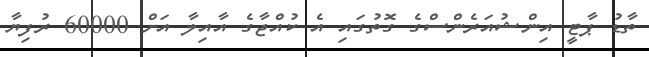
ތާޑު ޕާޓީ އިންޝުއަރެންސްގެ ގޮތުގައި އެ ކުއްޖާގެ އާއިލާ އަށް 60000 ރުފިޔާ